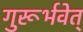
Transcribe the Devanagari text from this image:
गुरूर्भवेत्